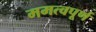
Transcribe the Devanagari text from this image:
ममत्वपूर्ण